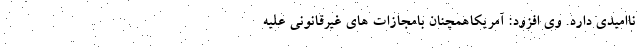
ناامیدی دارد. وی افزود: آمریکاهمچنان بامجازات های غیرقانونی علیه